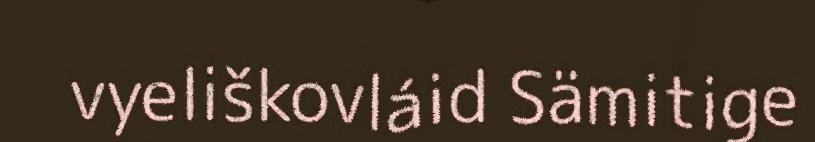
vyeliškovláid Sämitige